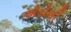
એડોબી